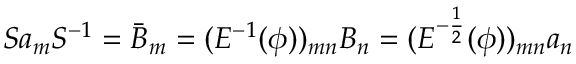
S a _ { m } S ^ { - 1 } = \bar { B } _ { m } = ( E ^ { - 1 } ( \phi ) ) _ { m n } B _ { n } = ( E ^ { - \frac { 1 } { 2 } } ( \phi ) ) _ { m n } a _ { n }